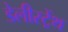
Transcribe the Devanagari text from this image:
डेलीस्ट्रेंथ